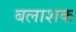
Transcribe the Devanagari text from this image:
बलाशक